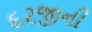
દરજીની